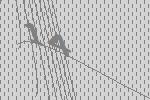
14